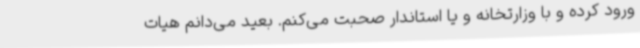
ورود کرده و با وزارتخانه و یا استاندار صحبت می‌کنم. بعید می‌دانم هیات